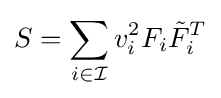
S=\sum _{i\in {\mathcal {I}}}v_{i}^{2}F_{i}{\tilde {F}}_{i}^{T}